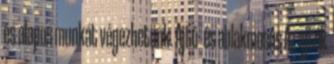
és alapos munkát végezhetünk. Ajtó- és ablakmosás Az ajtók